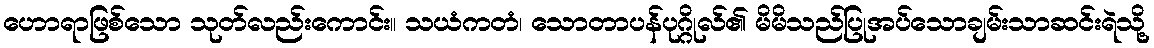
ဟောရာဖြစ်သော သုတ်လည်းကောင်း။ သယံကတံ၊ သောတာပန်ပုဂ္ဂိုလ်၏ မိမိသည်ပြုအပ်သောချမ်းသာဆင်းရဲသို့